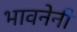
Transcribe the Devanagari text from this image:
भावनेनी